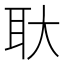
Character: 𬚓